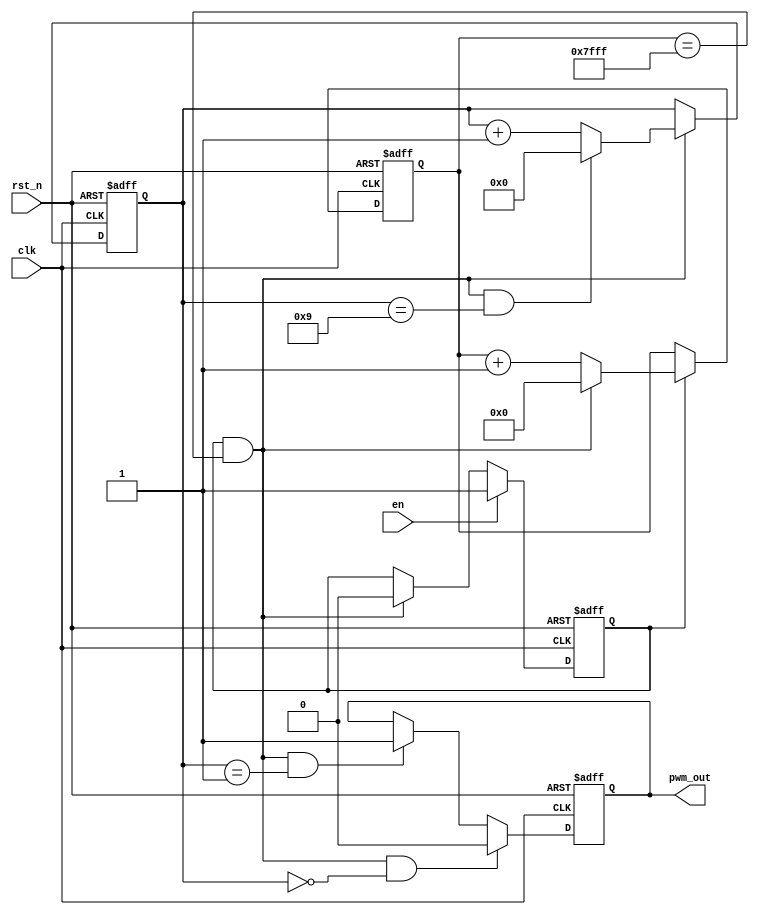
module pwm #(
    parameter N = 32768
    )(
    clk,           //32.768MHz 
    rst_n,
    en,
    pwm_out
);                     //90%

//PWM

input clk;
input rst_n;
output reg pwm_out;
input en;
reg [3:0] cnt_10ms;
wire add_cnt_10ms;
wire end_cnt_10ms;
reg flag;

reg [15:0] cnt_1ms;
wire add_cnt_1ms;
wire end_cnt_1ms;


always@(posedge clk or negedge rst_n)
begin
    if(!rst_n)
        flag <= 1'b0;
    else if(en)
        flag <= 1'b1;
    else if(end_cnt_1ms)
        flag <= 1'b0;
end


always@(posedge clk or negedge rst_n)
begin
    if(!rst_n)
        cnt_1ms <= 16'd0;
    else if(add_cnt_1ms)
        begin
            if(end_cnt_1ms)
                cnt_1ms <= 16'd0;
            else
                cnt_1ms <= cnt_1ms +1'b1; 
        end    
end

assign add_cnt_1ms = flag == 1'b1;
assign end_cnt_1ms = add_cnt_1ms && (cnt_1ms == N - 1'b1);


always@(posedge clk or negedge rst_n)
begin
    if(!rst_n)
        cnt_10ms <= 4'd0;
    else if(add_cnt_10ms)
        begin
            if(end_cnt_10ms)
                cnt_10ms <= 4'd0;
            else
                cnt_10ms <= cnt_10ms +1'b1; 
        end    
end

assign add_cnt_10ms = end_cnt_1ms;
assign end_cnt_10ms = add_cnt_10ms && (cnt_10ms == 4'd10 - 1'b1);

always@(posedge clk or negedge rst_n)
begin
    if(!rst_n)
        pwm_out <= 1'b0;
    else if(add_cnt_10ms && cnt_10ms == 1 -1 )
        pwm_out <= 1'b0;
    else if(add_cnt_10ms && cnt_10ms == 2 -1 )
        pwm_out <= 1'b1;
end

endmodule